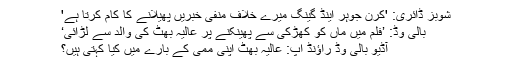
شوبز ڈائری: 'کرن جوہر اینڈ گینگ میرے خلاف منفی خبریں پھیلانے کا کام کرتا ہے'
بالی وڈ: ’فلم میں ماں کو کھڑکی سے پھینکنے پر عالیہ بھٹ کی والد سے لڑائی‘
آڈیو بالی وڈ راؤنڈ اپ: عالیہ بھٹ اپنی ممی کے بارے میں کیا کہتی ہیں؟